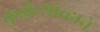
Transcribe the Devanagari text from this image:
कुझ्नेत्सोव्हाने